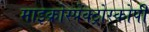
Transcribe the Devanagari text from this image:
माइक्रोस्पेक्ट्रोस्कोपी